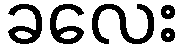
ခလေး